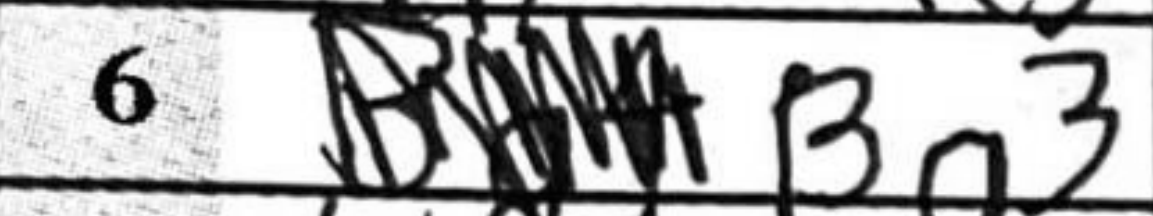
Transcription: Bg3